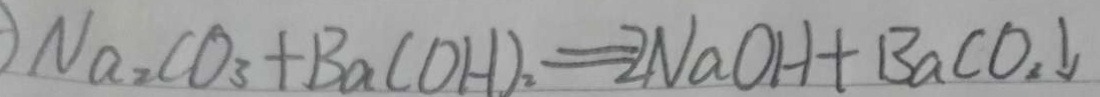
N a _ { 2 } C O _ { 3 } + B a ( O H ) _ { 2 } = 2 N a O H + B a C O _ { 2 } \downarrow